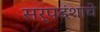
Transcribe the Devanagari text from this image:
सर्पदंशाचे